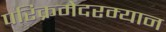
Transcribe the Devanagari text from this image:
परिक्रमेदरम्यान